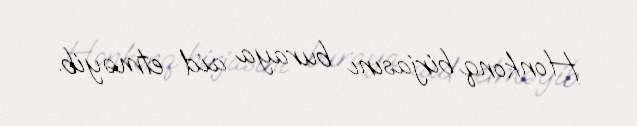
Honkonq birjasını buraya aid etməyib.